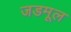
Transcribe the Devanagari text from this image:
जडमूल